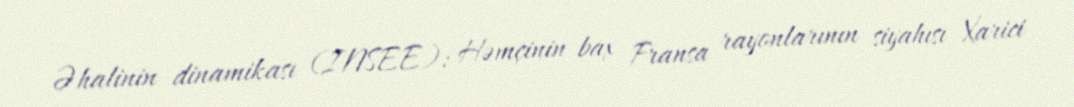
Əhalinin dinamikası (INSEE): Həmçinin bax Fransa rayonlarının siyahısı Xarici